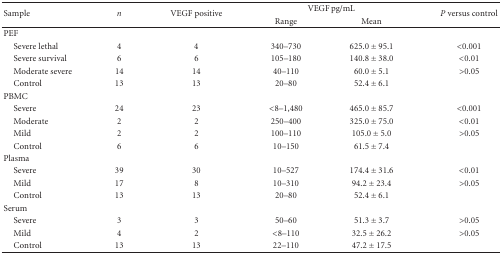
| <ROWSPAN=2> Sample | <ROWSPAN=2> n | <ROWSPAN=2> VEGF positive | <COLSPAN=2> VEGF pg/mL | P versus control |
 | Range | Mean |
 | --- | --- | --- | --- | --- | --- |
 | PEF |  |  |  |  |  |
 | Severe lethal | 4 | 4 | 340–730 | 625.0 ± 95.1 | <0.001 |
 | Severe survival | 6 | 6 | 105–180 | 140.8 ± 38.0 | <0.01 |
 | Moderate severe | 14 | 14 | 40–110 | 60.0 ± 5.1 | >0.05 |
 | Control | 13 | 13 | 20–80 | 52.4 ± 6.1 |  |
 | PBMC |  |  |  |  |  |
 | Severe | 24 | 23 | <8–1,480 | 465.0 ± 85.7 | <0.001 |
 | Moderate | 2 | 2 | 250–400 | 325.0 ± 75.0 | <0.01 |
 | Mild | 2 | 2 | 100–110 | 105.0 ± 5.0 | >0.05 |
 | Control | 6 | 6 | 10–150 | 61.5 ± 7.4 |  |
 | Plasma |  |  |  |  |  |
 | Severe | 39 | 30 | 10–527 | 174.4 ± 31.6 | <0.01 |
 | Mild | 17 | 8 | 10–310 | 94.2 ± 23.4 | >0.05 |
 | Control | 13 | 13 | 20–80 | 52.4 ± 6.1 |  |
 | Serum |  |  |  |  |  |
 | Severe | 3 | 3 | 50–60 | 51.3 ± 3.7 | >0.05 |
 | Mild | 4 | 2 | <8–110 | 32.5 ± 26.2 | >0.05 |
 | Control | 13 | 13 | 22–110 | 47.2 ± 17.5 |  |